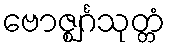
ဗောဇ္ဈင်္ဂသုတ္တံ